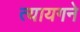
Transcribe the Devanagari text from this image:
त्यायगने